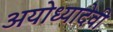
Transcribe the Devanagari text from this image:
अयोध्यादेवी